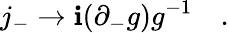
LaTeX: j_{-}\to\mathbf{i}(\partial_{-}g)g^{-1}\quad.